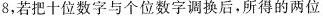
8，若把十位数字与个位数字调换后，所得的两位